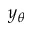
y _ { \theta }